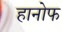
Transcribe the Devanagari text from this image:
हानोफ